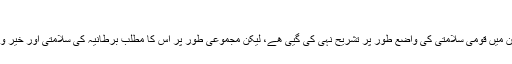
قومی سلامتی کو خطرہ
برطانيہ اور يورپ کے قانون ميں قومی سلامتی کی واضع طور پر تشريح نہی کی گيی ھے، ليکن مجموعی طور پر اس کا مطلب برطانيہ کی سلامتی اور خير وعافيت سے اخذ کيا جاتا ہے۔